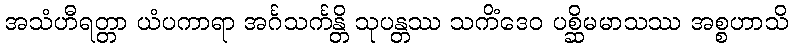
အသံဟီရတ္တာ ယံပကာရာ အင်္ဂသင်္ကန္တိ သုပန္တဿ သကိံဒေဝ ပစ္ဆိမမာသဿ အစ္စဟာသိ